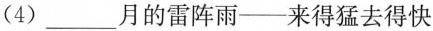
(4) ___月的雷阵雨——来得猛去得快